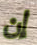
إن